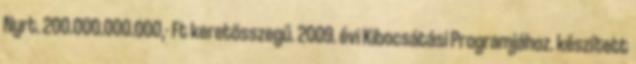
Nyrt. 200.000.000.000,- Ft keretösszegű. 2009. évi Kibocsátási Programjához. készített